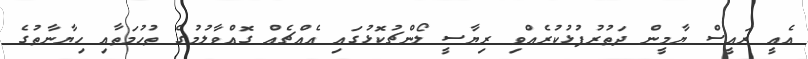
އެއީ ރައީސް ޔާމީން ދަތުރުފުޅުކުރެއްވި ރިޔާސީ ލޯންޗުކޮޅުގައި އެއްޗެއް ގޮއްވާލުމުގެ ތުހުމަތާއި ހިޔާނާތުގެ